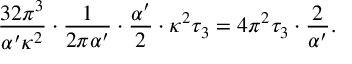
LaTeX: { \frac { 3 2 \pi ^ { 3 } } { \alpha ^ { \prime } \kappa ^ { 2 } } } \cdot { \frac { 1 } { 2 \pi \alpha ^ { \prime } } } \cdot { \frac { \alpha ^ { \prime } } { 2 } } \cdot \kappa ^ { 2 } \tau _ { 3 } = 4 \pi ^ { 2 } \tau _ { 3 } \cdot { \frac { 2 } { \alpha ^ { \prime } } } .